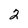
Character: 2